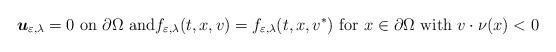
LaTeX: \begin{align*}\boldsymbol{u}_{\varepsilon ,\lambda }=0\mbox{ on }\partial \Omega \mbox{ and}f_{\varepsilon ,\lambda }(t,x,v)=f_{\varepsilon ,\lambda }(t,x,v^{\ast })\mbox{ for }x\in \partial \Omega \mbox{ with }v\cdot \nu (x)<0 \end{align*}